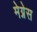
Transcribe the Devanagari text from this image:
मेग्नेस